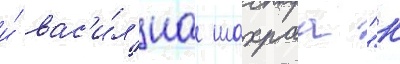
и́ вас'и́л'иа шахраа "к